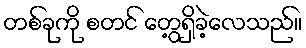
တစ်ခုကို စတင် တွေ့ရှိခဲ့လေသည်။